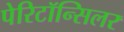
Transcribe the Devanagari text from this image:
पेरिटॉन्सिलर